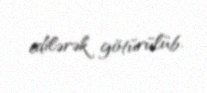
edilərək götürülüb.